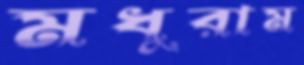
মধুরাম